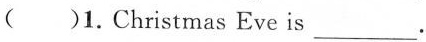
()1.Christmas Eve is ___.